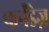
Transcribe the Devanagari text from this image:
फर्नॅंडेज़